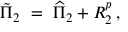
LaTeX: \tilde { \Pi } _ { 2 } \ = \ \widehat { \Pi } _ { 2 } + R _ { 2 } ^ { p } \, ,